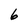
Character: 6